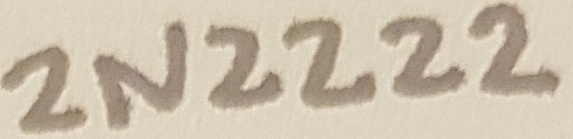
Text: 2N2222